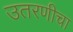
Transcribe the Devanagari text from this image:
उतरणीचा